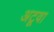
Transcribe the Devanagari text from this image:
अटूवा